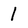
Character: l